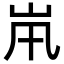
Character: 𡵵